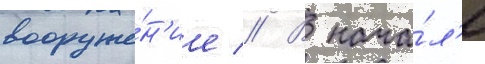
вооруже́н'ие // В нача́л'е